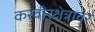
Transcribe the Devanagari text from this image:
करवीरक्षेत्रावर